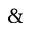
\&